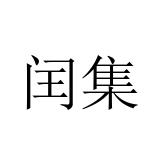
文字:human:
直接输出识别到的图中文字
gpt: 闰集